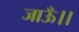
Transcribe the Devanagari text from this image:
जाऊँ।।